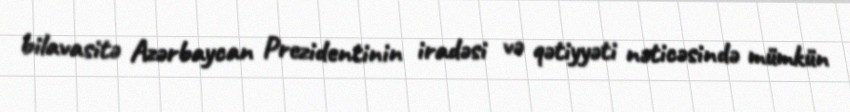
bilavasitə Azərbaycan Prezidentinin iradəsi və qətiyyəti nəticəsində mümkün